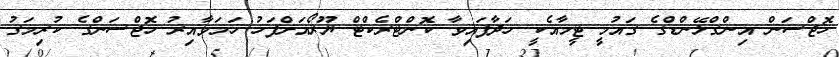
ހޮޖްސަން އިންގްލޭންޑްގެ ގައުމީ ޓީމާއެކީ ހަދާފައިވާ ކޮންޓްރެކްޓް ޔޫރޯއަށްފަހު ހަމަވާއިރު ހޮޖްސަންގެ ކުރިމަގު